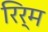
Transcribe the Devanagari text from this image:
रिर्म